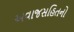
અવાજસહિતનો